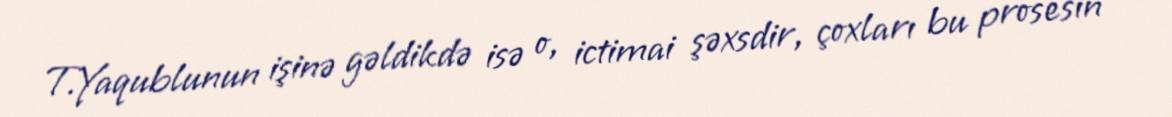
T.Yaqublunun işinə gəldikdə isə o, ictimai şəxsdir, çoxları bu prosesin